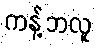
ကန့်ဘလူ